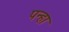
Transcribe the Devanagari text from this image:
पन्हा